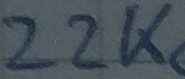
Text: 22K